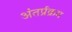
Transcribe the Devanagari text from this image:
अंतर्प्रक्रम